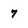
Character: 7